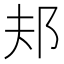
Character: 邞